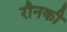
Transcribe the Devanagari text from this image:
रौनकी